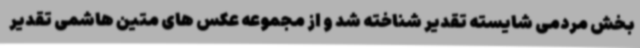
بخش مردمی شایسته تقدیر شناخته شد و از مجموعه عکس های متین هاشمی تقدیر